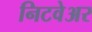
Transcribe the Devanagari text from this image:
निटवेअर